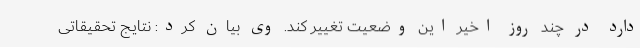
دارد در چند روز اخیر این وضعیت تغییر کند. وی بیان کرد: نتایج تحقیقاتی